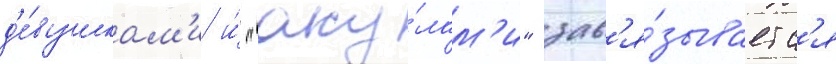
д'е́вушкам'и и́ "аку́лам'и" зав'я́зываетс'я